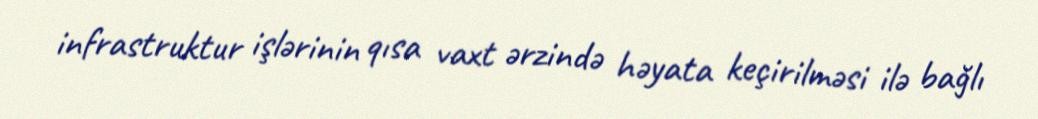
infrastruktur işlərinin qısa vaxt ərzində həyata keçirilməsi ilə bağlı